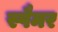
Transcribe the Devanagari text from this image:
स्पैमर